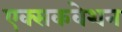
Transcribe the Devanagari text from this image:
एक्सकवेशन